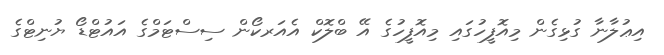
އިޢުލާނާ ގުޅިގެން މިއޮފީހުގައި މިއޮފީހުގެ އޭ ބްލޮކް އެއަރކޯން ސިސްޓަމްގެ އައުޓްޑޯ ޔުނިޓްގެ